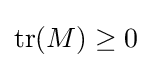
\operatorname {tr} (M)\geq 0